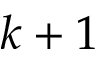
k + 1